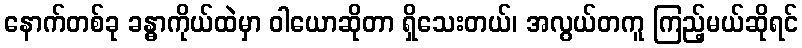
နောက်တစ်ခု ခန္ဓာကိုယ်ထဲမှာ ဝါယောဆိုတာ ရှိသေးတယ်၊ အလွယ်တကူ ကြည့်မယ်ဆိုရင်